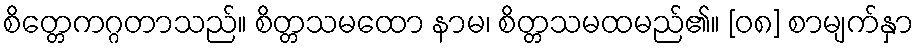
စိတ္တေကဂ္ဂတာသည်။ စိတ္တသမထော နာမ၊ စိတ္တသမထမည်၏။ [၀၈] စာမျက်နှာ